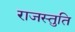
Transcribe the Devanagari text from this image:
राजस्तुति